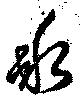
氷